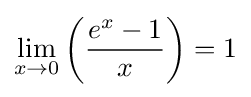
\lim _{x\to 0}\left({\frac {e^{x}-1}{x}}\right)=1